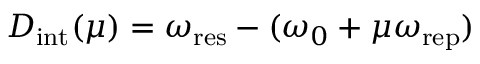
D _ { \mathrm { i n t } } ( \mu ) = \omega _ { \mathrm { r e s } } - ( \omega _ { 0 } + \mu \omega _ { \mathrm { r e p } } )